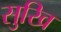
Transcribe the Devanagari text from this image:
सुखि